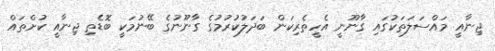
ޖިނާއީ މައްސަލަތަކުގައި ގާނޫނީ އެހީތެރިކަން ބަދަލުކުރުމުގެ ގާނޫނުގެ ބޭނުމަކީ ބޮޑެތި ޖިނާއީ ކުށްތައް